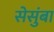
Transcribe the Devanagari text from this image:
सेसुंबा